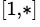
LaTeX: ^{[1,*]}